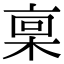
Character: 𪲪